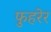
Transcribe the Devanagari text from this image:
फुहरेर